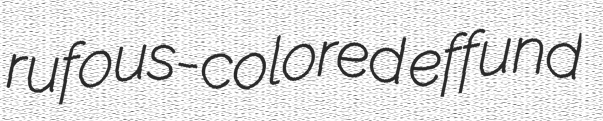
rufous-colored effund